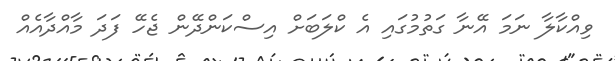
ވިއްކާލާ ނަމަ އޭނާ ގަތުމުގައި އެ ކްލަބަށް އިސްކަންދޭން ޖެހޭ ފަދަ މާއްދާއެއް